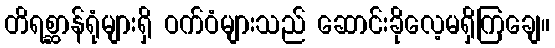
တိရစ္ဆာန်ရုံများရှိ ဝက်ဝံများသည် ဆောင်းခိုလေ့မရှိကြချေ။